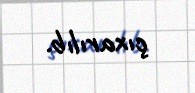
çıxarılıb.